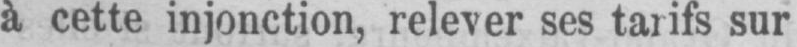
à cette injonction, relever ses tarifs sur